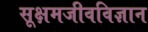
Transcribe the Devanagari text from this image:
सूक्षमजीवविज्ञान